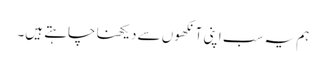
ہم یہ سب اپنی آنکھوں سے دیکھنا چاہتے ہیں۔